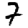
Digit: 7